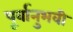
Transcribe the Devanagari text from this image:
पूर्वानुभवी